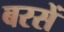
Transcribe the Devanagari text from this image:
बरसें